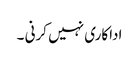
اداکاری نہیں کرنی ۔